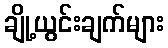
ချို့ယွင်းချက်များ